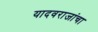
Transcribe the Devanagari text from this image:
यादवराजांचा